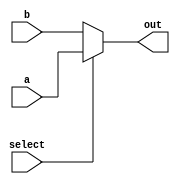
module multiplexer(input [13:0] a, b, input select, output [13:0] out);
assign out =(select)?a:b;
endmodule